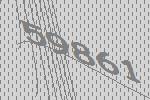
59861